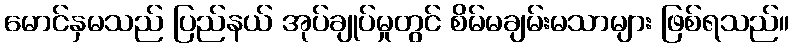
မောင်နှမသည် ပြည်နယ် အုပ်ချုပ်မှုတွင် စိမ်မချမ်းမသာများ ဖြစ်ရသည်။